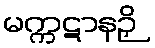
မက္ကဋာနဉှိ